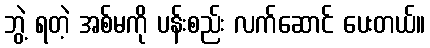
ဘွဲ့ ရတဲ့ အစ်မကို ပန်းစည်း လက်ဆောင် ပေးတယ်။